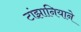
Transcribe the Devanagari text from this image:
टांझानियाने